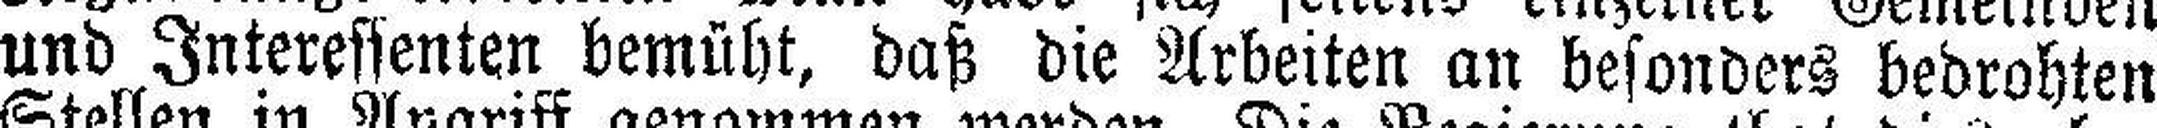
und Interessenten bemüht, daß die Arbeiten an besonders bedrohten